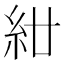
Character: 𥾰